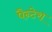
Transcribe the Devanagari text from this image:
पैन्टेरा